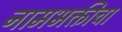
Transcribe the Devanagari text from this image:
नामभक्तीचा